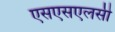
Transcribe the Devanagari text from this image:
एसएसएलसी